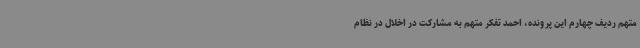
متهم ردیف چهارم این پرونده، احمد تفکر متهم به مشارکت در اخلال در نظام